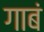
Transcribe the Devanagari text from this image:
गाबं